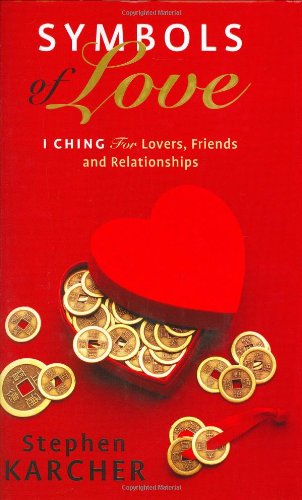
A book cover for Symbols of Love: I Ching for Lovers, Friends and Relationships; Stephen Karcher; Religion & Spirituality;